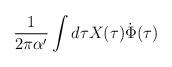
LaTeX: \begin{align*}\frac{1}{2\pi\alpha'} \int d\tau X(\tau)\dot{\Phi}(\tau)\end{align*}